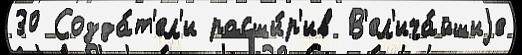
30 Созда́т'ел'и расши́р'ив В'ел'ича́йшиjе